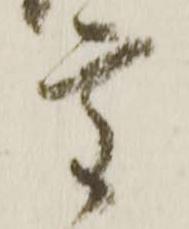
重